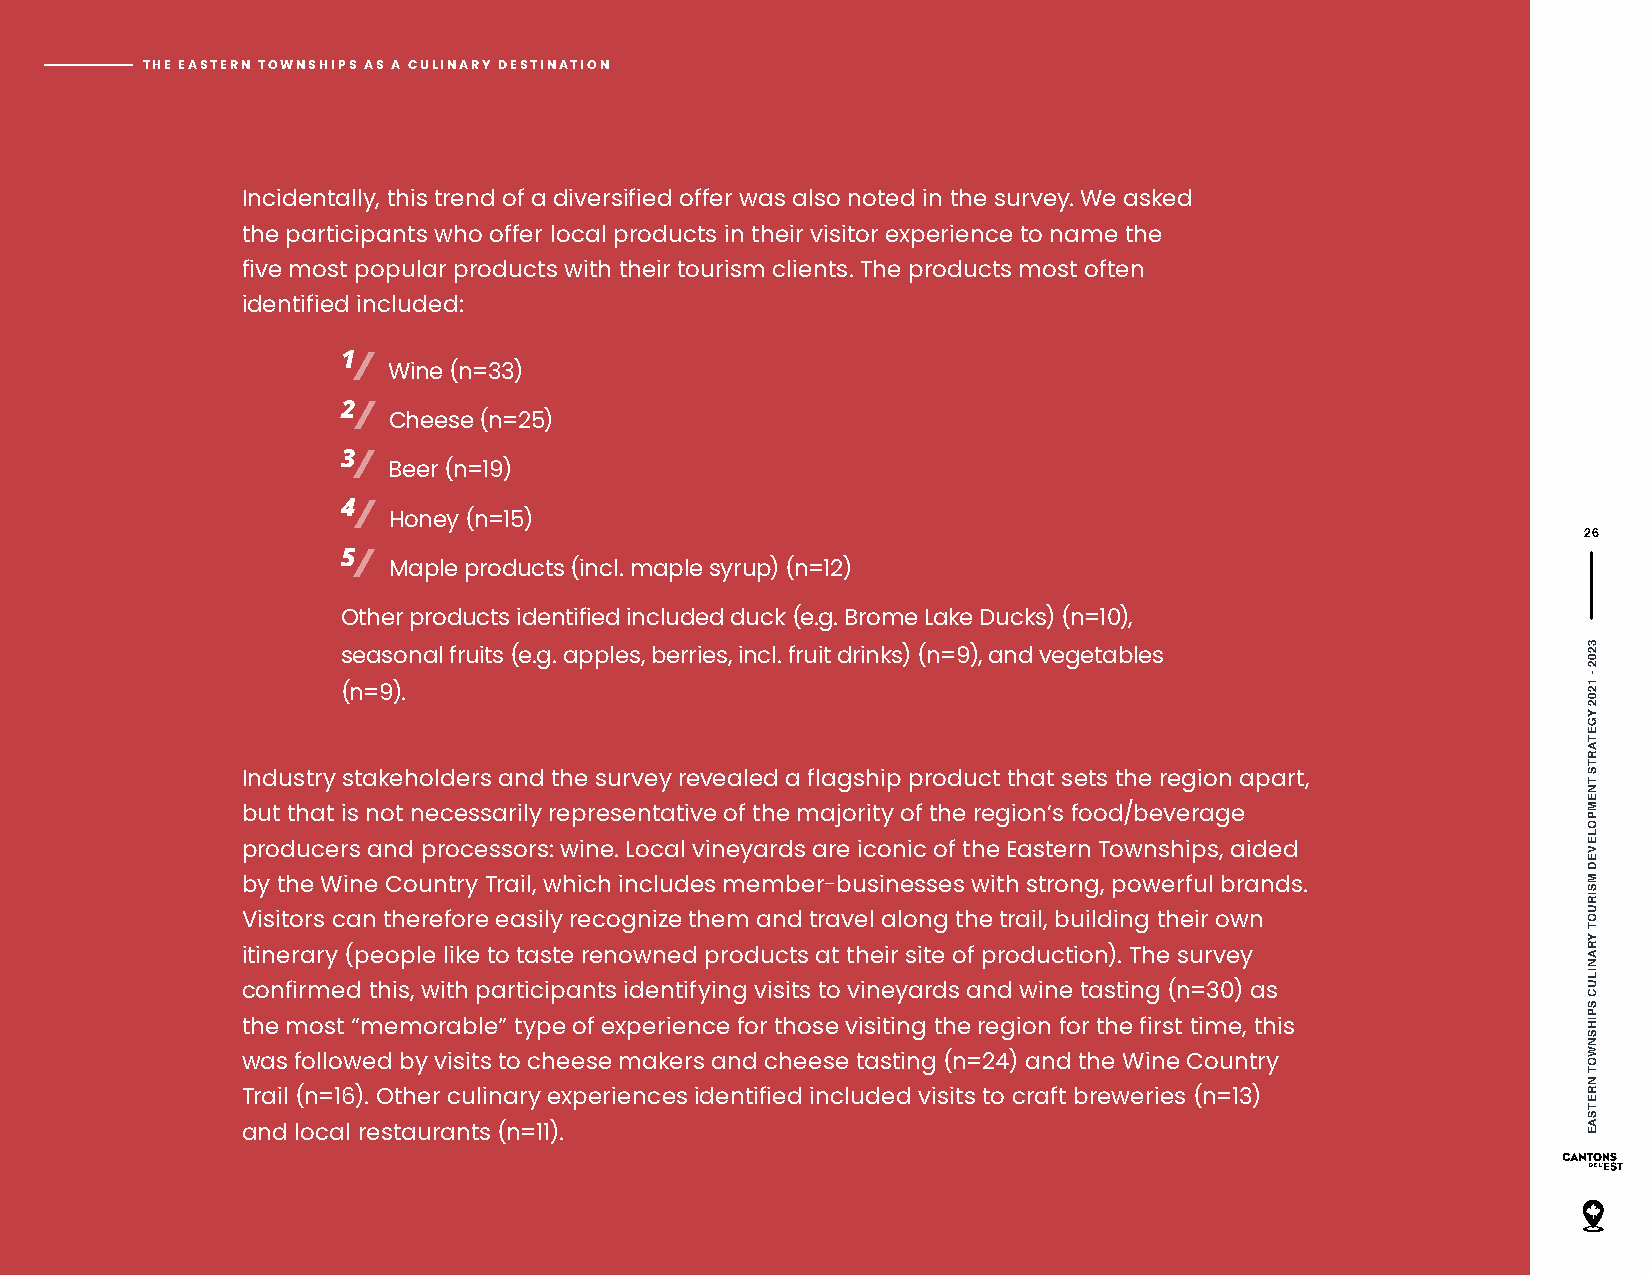
THE EASTERN TOWNSHIPS AS A CULINARY DESTINATION
 Incidentally, this trend of a diversified offer was also noted in the survey. We asked
 the participants who offer local products in their visitor experience to name the
 five most popular products with their tourism clients. The products most often
 identified included:
 1/
 W ine (n=33)
 2/
 Cheese (n=25)
 3/
 Beer (n=19)
 4/
 H oney (n=15)
 26
 5/
 M aple products (incl. maple syrup) (n=12)
 Other products identified included duck (e.g. Brome Lake Ducks) (n=10),
 seasonal fruits (e.g. apples, berries, incl. fruit drinks) (n=9), and vegetables
 (n=9).
 Industry stakeholders and the survey revealed a flagship product that sets the region apart,
 but that is not necessarily representative of the majority of the region’s food/beverage
 producers and processors: wine. Local vineyards are iconic of the Eastern Townships, aided
 by the Wine Country Trail, which includes member-businesses with strong, powerful brands.
 Visitors can therefore easily recognize them and travel along the trail, building their own
 itinerary (people like to taste renowned products at their site of production). The survey
 confirmed this, with participants identifying visits to vineyards and wine tasting (n=30) as
 the most “memorable” type of experience for those visiting the region for the first time, this
 was followed by visits to cheese makers and cheese tasting (n=24) and the Wine Country
 Trail (n=16). Other culinary experiences identified included visits to craft breweries (n=13)
 and local restaurants (n=11).
 3202
 -
 1202
 YGETARTS
 TNEMPOLEVED
 MSIRUOT
 YRANILUC
 SPIHSNWOT
 NRETSAE